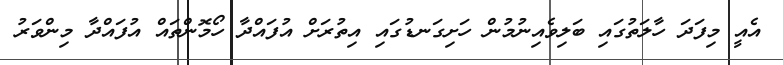
އެއީ މިފަދަ ހާލަތުގައި ބަލިވެއިނުމުން ހަށިގަނޑުގައި އިތުރަށް އުފައްދާ ހޯމޮންތައް އުފައްދާ މިންވަރު